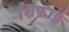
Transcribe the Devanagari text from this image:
शिफाई